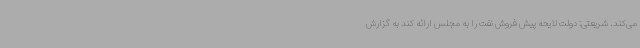
می‌کند. شریعتی: دولت لایحه پیش فروش نفت را به مجلس ارائه کند به گزارش